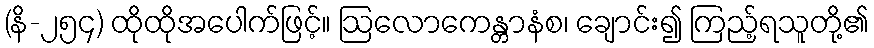
(နိ-၂၅၄) ထိုထိုအပေါက်ဖြင့်။ ဩလောကေန္တာနံစ၊ ချောင်း၍ ကြည့်ရသူတို့၏